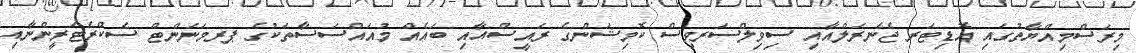
މިރަސްމިއްޔާތުގައި އޮޑިޓަރ ޖެނެރަލްއާއި ސިވިލްސަރވިސް ކޮމިޝަންގެ ރައީސްއާއި ބައެއް މުއައްސަސާތަކުގެ ޕރމަނަންޓް ސެކްރެޓަރީންނާއި